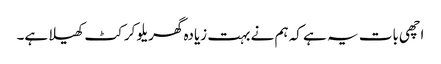
اچھی بات یہ ہے کہ ہم نے بہت زیادہ گھریلو کرکٹ کھیلا ہے۔